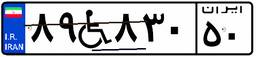
۸۹W۸۳۰۵۰